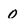
Character: O